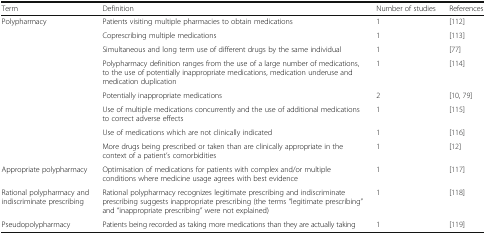
<table><thead><tr><td><b>Term</b></td><td><b>Definition</b></td><td><b>Number of studies</b></td><td><b>References</b></td></tr></thead><tbody><tr><td>Polypharmacy</td><td>Patients visiting multiple pharmacies to obtain medications</td><td>1</td><td>[112]</td></tr><tr><td></td><td>Coprescribing multiple medications</td><td>1</td><td>[113]</td></tr><tr><td></td><td>Simultaneous and long term use of different drugs by the same individual</td><td>1</td><td>[77]</td></tr><tr><td></td><td>Polypharmacy definition ranges from the use of a large number of medications, to the use of potentially inappropriate medications, medication underuse and medication duplication</td><td>1</td><td>[114]</td></tr><tr><td></td><td>Potentially inappropriate medications</td><td>2</td><td>[10, 79]</td></tr><tr><td></td><td>Use of multiple medications concurrently and the use of additional medications to correct adverse effects</td><td>1</td><td>[115]</td></tr><tr><td></td><td>Use of medications which are not clinically indicated</td><td>1</td><td>[116]</td></tr><tr><td></td><td>More drugs being prescribed or taken than are clinically appropriate in the context of a patient’s comorbidities</td><td>1</td><td>[12]</td></tr><tr><td>Appropriate polypharmacy</td><td>Optimisation of medications for patients with complex and/or multiple conditions where medicine usage agrees with best evidence</td><td>1</td><td>[117]</td></tr><tr><td>Rational polypharmacy and indiscriminate prescribing</td><td>Rational polypharmacy recognizes legitimate prescribing and indiscriminate prescribing suggests inappropriate prescribing (the terms “legitimate prescribing” and “inappropriate prescribing” were not explained)</td><td>1</td><td>[118]</td></tr><tr><td>Pseudopolypharmacy</td><td>Patients being recorded as taking more medications than they are actually taking</td><td>1</td><td>[119]</td></tr></tbody></table>